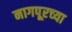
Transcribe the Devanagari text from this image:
नागपूरच्‍या